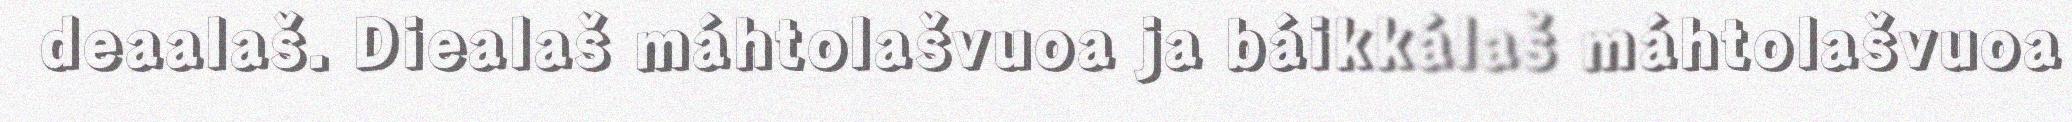
deaalaš. Diealaš máhtolašvuoa ja báikkálaš máhtolašvuoa